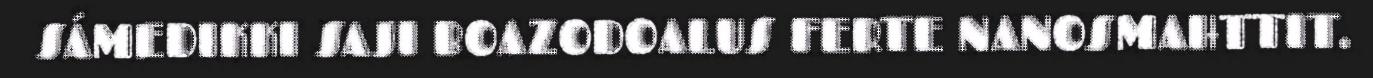
SÁMEDIKKI SAJI BOAZODOALUS FERTE NANOSMAHTTIT.